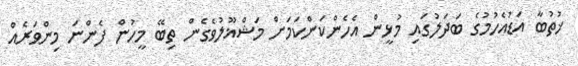
ޚުތުބާ އަޑުއެހުމުގެ ބަދަލުގައި މުޅީން އެހެންކަންކަމަށް މަޝްޣޫލުވެގެން ތިބޭ މީހުން ފެންނަ މިންވަރެއް